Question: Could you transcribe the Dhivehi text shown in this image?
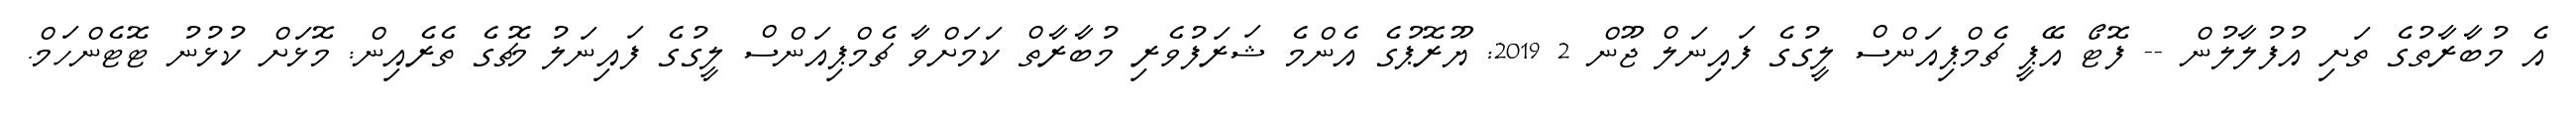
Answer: އެ މުބާރާތުގެ ތަށި އުފުލާލުން -- ފޮޓޯ އޭޕީ ޗެމްޕިއަންސް ލީގުގެ ފައިނަލް ޖޫން 2 2019: ޔޫރޮޕުގެ އެންމެ ޝަރަފުވެރި މުބާރާތް ކަމަށްވާ ޗެމްޕިއަންސް ލީގުގެ ފައިނަލު މެޗުގެ ތެރެއިން: މޮޅަށް ކުޅުނު ޓޮޓެންހަމް.